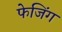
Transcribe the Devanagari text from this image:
फेजिंग